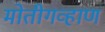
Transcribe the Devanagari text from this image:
मोतीगव्हाण